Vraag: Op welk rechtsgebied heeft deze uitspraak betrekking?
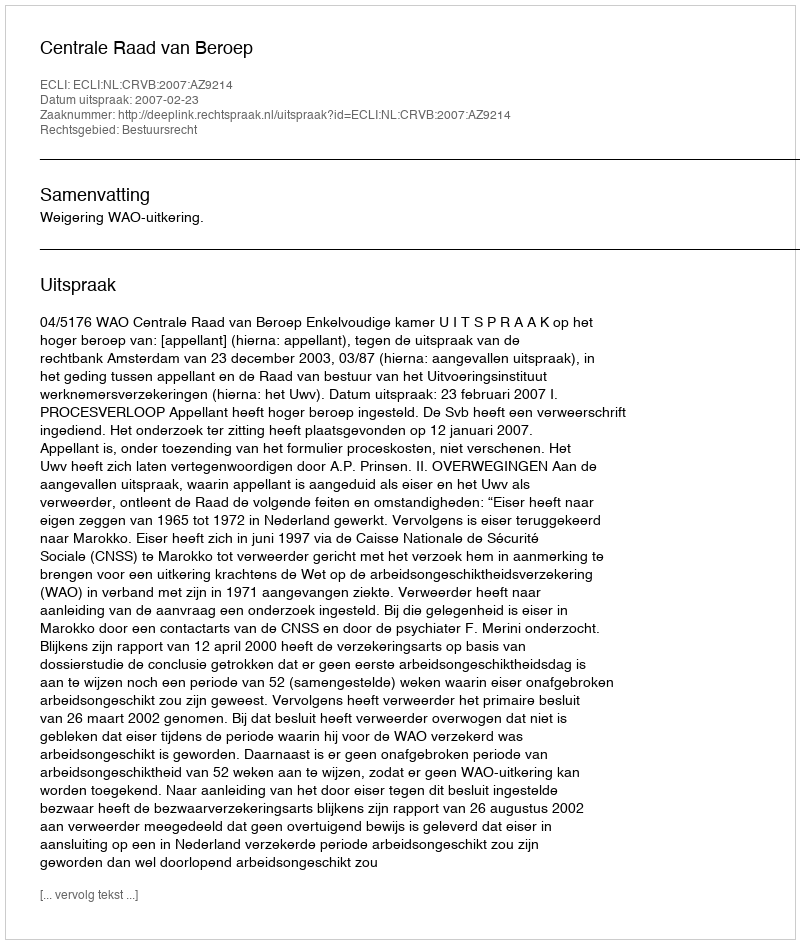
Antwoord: Bestuursrecht